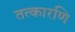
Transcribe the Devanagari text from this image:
तत्कारणि